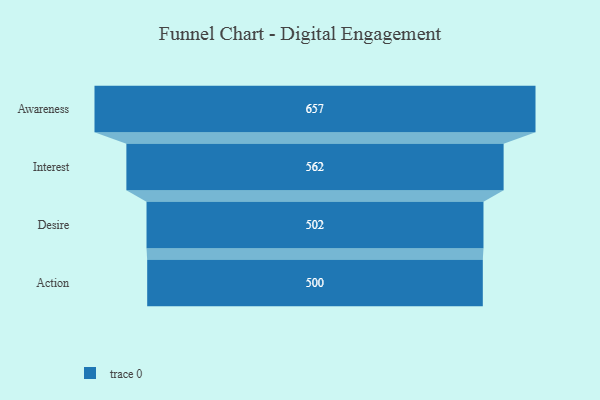
{"axis": {"x": "Stage", "y": "Value"}, "legend": [""], "data": [{"x": "Awareness", "y": 657.0, "type": ""}, {"x": "Interest", "y": 562.0, "type": ""}, {"x": "Desire", "y": 502.0, "type": ""}, {"x": "Action", "y": 500, "type": ""}]}